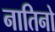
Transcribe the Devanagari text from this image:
नातिनो